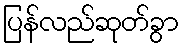
ပြန်လည်ဆုတ်ခွာ